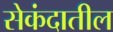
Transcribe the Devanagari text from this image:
सेकंदातील